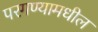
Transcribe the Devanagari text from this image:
परगण्यामधील